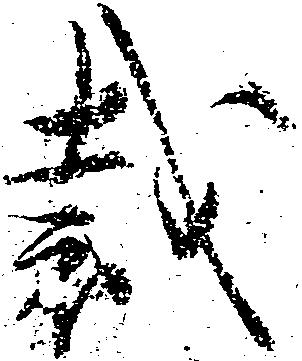
裁